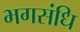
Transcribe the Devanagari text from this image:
भगसंधि